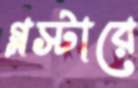
গ্লস্টারে